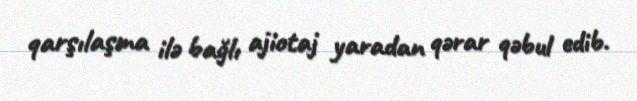
qarşılaşma ilə bağlı ajiotaj yaradan qərar qəbul edib.